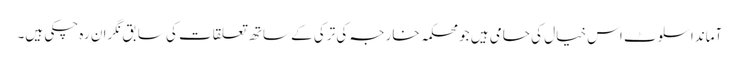
آماندا سلوٹ اس خیال کی حامی ہیں جو محکمہ خارجہ کی ترکی کے ساتھ تعلقات کی سابق نگران رہ چکی ہیں۔